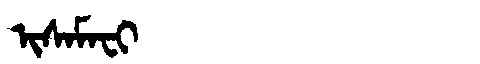
Manchu: ᡳᠰᠠᠮᠠᠸᡳ
Romanization: ISAMAFI